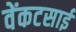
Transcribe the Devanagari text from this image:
वेंकटसाईं